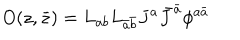
LaTeX: O ( z , \bar { z } ) = L _ { a b } L _ { \bar { a } \bar { b } } J ^ { a } \bar { J } ^ { \bar { a } } \phi ^ { a \bar { a } }